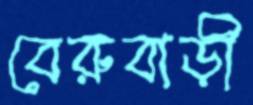
বেরুবাড়ী